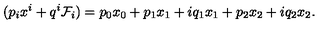
( p _ { i } x ^ { i } + q ^ { i } \mathcal { F } _ { i } ) = p _ { 0 } x _ { 0 } + p _ { 1 } x _ { 1 } + i q _ { 1 } x _ { 1 } + p _ { 2 } x _ { 2 } + i q _ { 2 } x _ { 2 } .